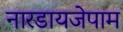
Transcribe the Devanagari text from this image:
नारडायजेपाम